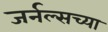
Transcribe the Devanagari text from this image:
जर्नल्सच्या